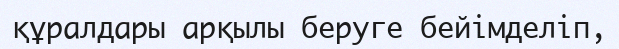
құралдары арқылы беруге бейімделіп,